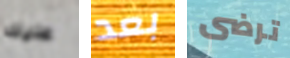
عليك بعد ترضى